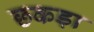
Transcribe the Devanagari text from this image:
छकड़ा